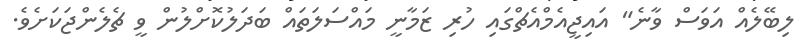
ލިބޭލެއް އަވަސް ވާނެ" އައިޖީއެމްއެޗްގައި ހުރި ޒަމާނީ މައްސަލަތައް ބަދަލުކޮށްލުން ވީ ޗެލެންޖަކަށެވެ.